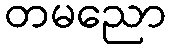
တမညော